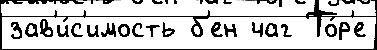
зав'и́с'имость б'ен чаг То́р'е